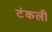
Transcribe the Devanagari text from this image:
टंकली